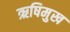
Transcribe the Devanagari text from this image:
ऋषिमुख